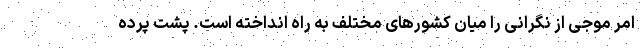
امر موجی از نگرانی را میان کشورهای مختلف به راه انداخته است. پشت پرده